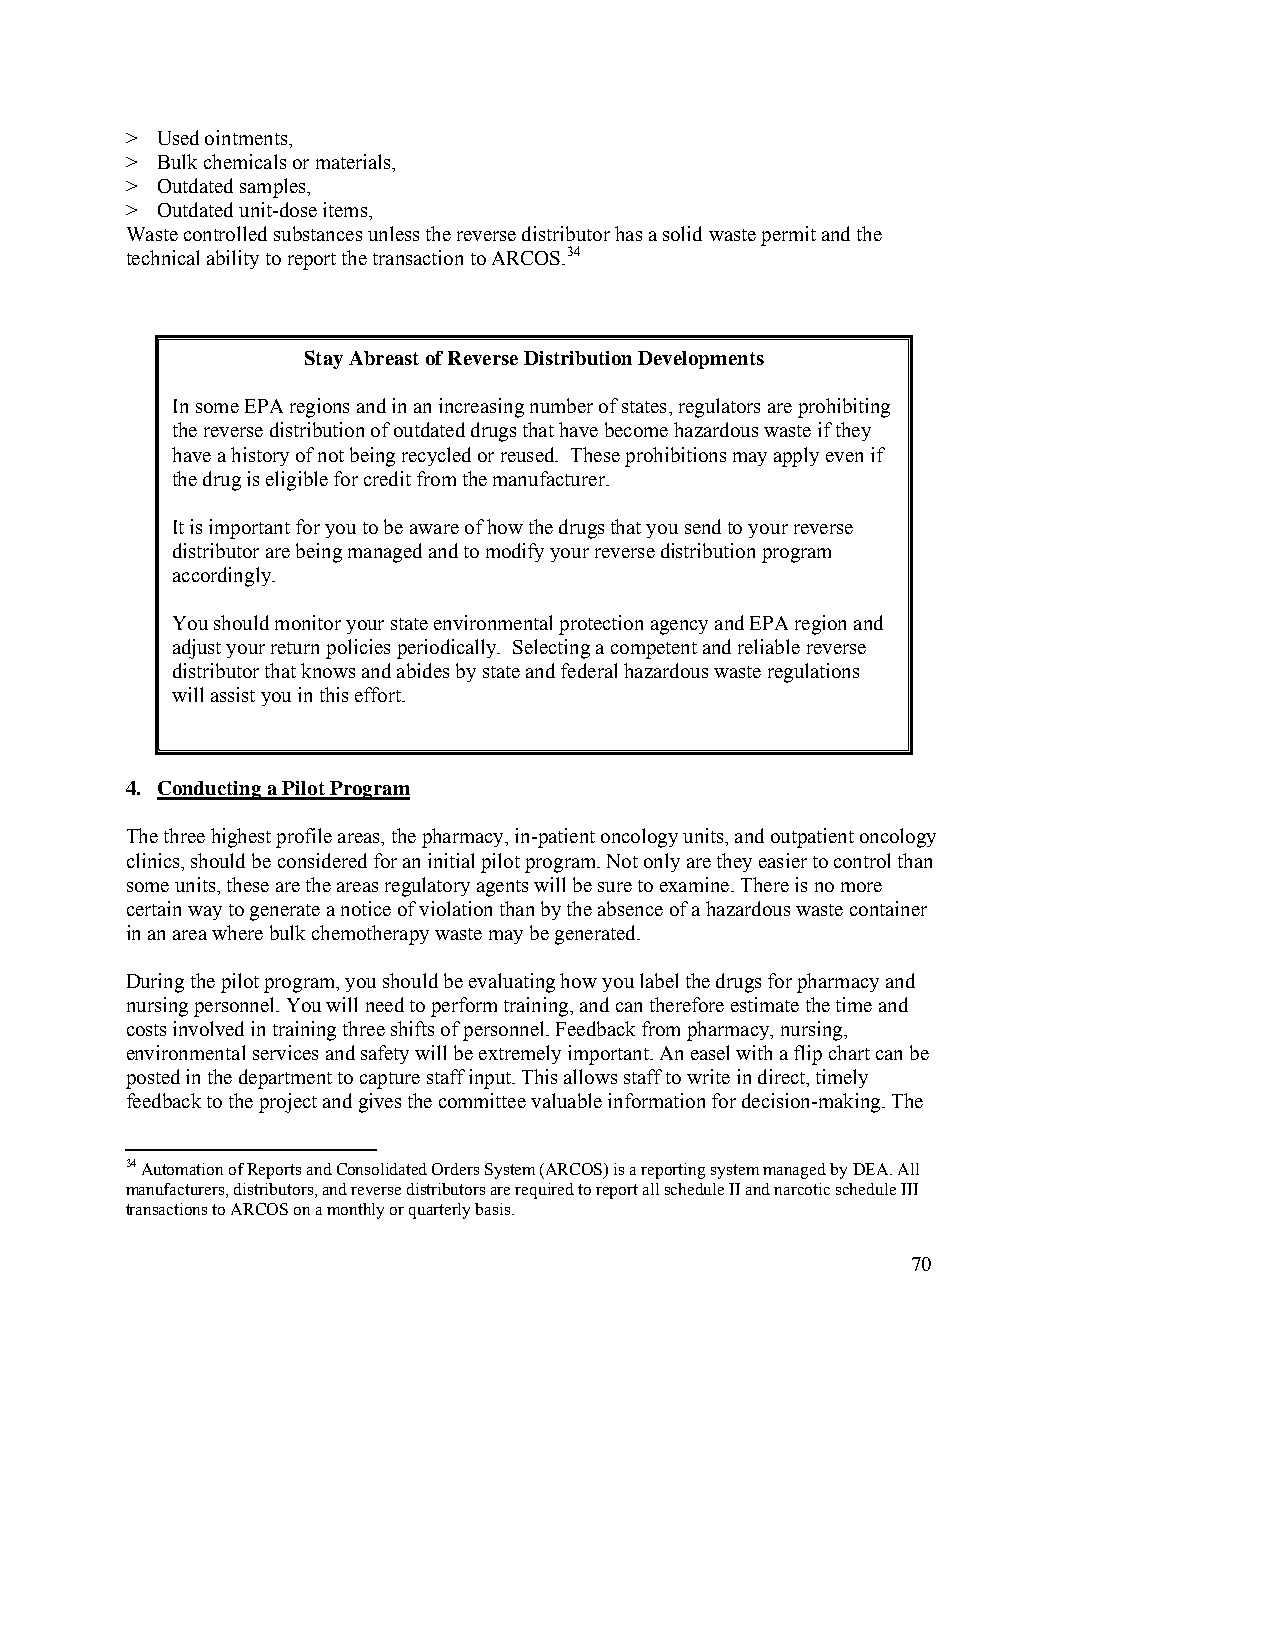
> Used ointments,
 > Bulk chemicals or materials,
 > Outdated samples,
 > Outdated unit-dose items,
 Waste controlled substances unless the reverse distributor has a solid waste permit and the
 technical ability to report the transaction to ARCOS.34
 Stay Abreast of Reverse Distribution Developments
 In some EPA regions and in an increasing number of states, regulators are prohibiting
 the reverse distribution of outdated drugs that have become hazardous waste if they
 have a history of not being recycled or reused. These prohibitions may apply even if
 the drug is eligible for credit from the manufacturer.
 It is important for you to be aware of how the drugs that you send to your reverse
 distributor are being managed and to modify your reverse distribution program
 accordingly.
 You should monitor your state environmental protection agency and EPA region and
 adjust your return policies periodically. Selecting a competent and reliable reverse
 distributor that knows and abides by state and federal hazardous waste regulations
 will assist you in this effort.
 4. Conducting a Pilot Program
 The three highest profile areas, the pharmacy, in-patient oncology units, and outpatient oncology
 clinics, should be considered for an initial pilot program. Not only are they easier to control than
 some units, these are the areas regulatory agents will be sure to examine. There is no more
 certain way to generate a notice of violation than by the absence of a hazardous waste container
 in an area where bulk chemotherapy waste may be generated.
 During the pilot program, you should be evaluating how you label the drugs for pharmacy and
 nursing personnel. You will need to perform training, and can therefore estimate the time and
 costs involved in training three shifts of personnel. Feedback from pharmacy, nursing,
 environmental services and safety will be extremely important. An easel with a flip chart can be
 posted in the department to capture staff input. This allows staff to write in direct, timely
 feedback to the project and gives the committee valuable information for decision-making. The
 34 Automation of Reports and Consolidated Orders System (ARCOS) is a reporting system managed by DEA. All
 manufacturers, distributors, and reverse distributors are required to report all schedule II and narcotic schedule III
 transactions to ARCOS on a monthly or quarterly basis.
 70